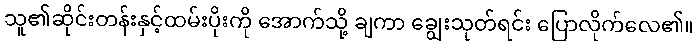
သူ၏ဆိုင်းတန်းနှင့်ထမ်းပိုးကို အောက်သို့ ချကာ ချွေးသုတ်ရင်း ပြောလိုက်လေ၏။